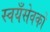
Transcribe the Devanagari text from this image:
स्वयँसेवकों